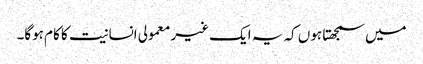
میں سمجھتا ہوں کہ یہ ایک غیر معمولی انسانیت کا کام ہوگا۔